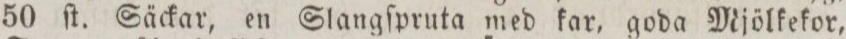
50 ſt. Säckar, en Slangſpruta med kar, goda Mjölkekor,